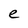
Character: e